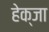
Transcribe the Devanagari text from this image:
हेक्जा